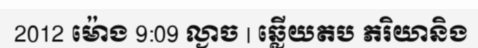
2012 ម៉ោង 9:09 ល្ងាច | ឆ្លើយតប ភរិយានិង